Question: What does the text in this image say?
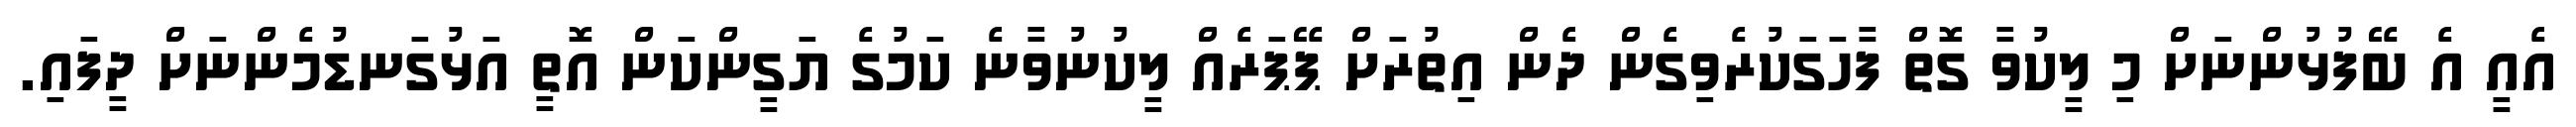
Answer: އެއީ އެ ބޭފުޅުންނަށް މި ލީކުވާ ގޮތް ފާހަގަކުރެވިގެން ދެން އިތުރަށް ޕޭޕަރެއް ލީކުނުވާނެ ކަމުގެ ޔަގީންކަން އޮތީ އަޅުގަނޑުމެންނަށް ދީފައި.